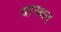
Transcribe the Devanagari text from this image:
जानथन